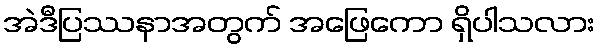
အဲဒီပြဿနာအတွက် အဖြေကော ရှိပါသလား